Report on vaccination North-West Frontier Province 1904-1922 - 1904-1922
Year: 1904
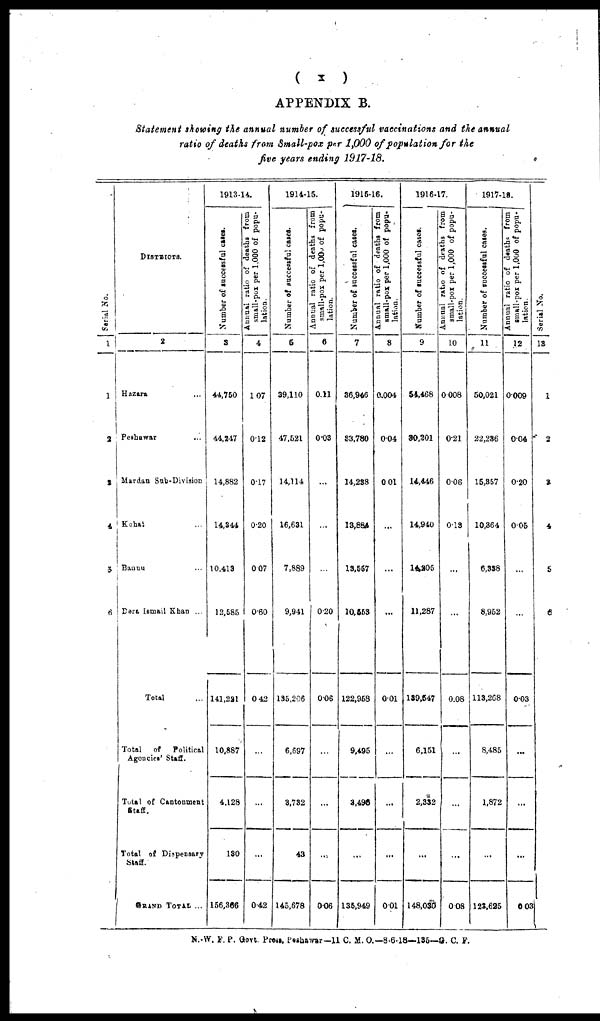
(
x
)
APPENDIX B.
Statement showing the annual number of successful vaccinations and the annual
ratio of deaths from Small-pox per 1,000 of population for the
five years ending 1917-18.
Serial No.
1
1
2
1
4
5
6
DISTRICTS.
2
Hazara ...
Peshawar ...
Mardan Sub-Division
Kohat ...
Bannu ...
Dera Ismail Khan ...
Total ...
Total
of
Political
Agencies Staff.
Total of Cantonment
Staff.
Total of Dispensary
Staff.
GRAND TOTAL ...
1913-14.
Number of successful cases.
3
44,750
44,247
14,882
14,344
10,413
12,585
141,221
10,887
4,128
130
156,366
Annual ratio of deaths from
small-pox per 1,000 of popu-
lation.
4
1.07
0.12
0.17
0.20
0.07
0.60
0.42
...
...
...
0.42
1914-15.
Number of successful cases.
5
39,110
47,521
14,114
16,631
7,889
9,941
135,206
6,697
3,732
43
145,678
Annual ratio of deaths from
small-pox per 1,000 of popu-
lation.
6
0.11
0.03
...
...
...
0.20
0.06
...
...
...
0.06
1915-16.
Number of successful cases.
7
36,946
83,780
14,238
13,884
13,557
10,553
122,958
9,495
3,496
...
135,949
Annual ratio of deaths from
small-pox per 1,000 of popu-
lation.
8
0,004
0.04
0.01
...
...
...
0.01
...
...
...
0.01
1916-17.
Number of successful cases.
9
54,468
90,201
14,446
14,940
14,205
11,287
139,547
6,151
2,332
...
148,030
Annual ratio of deaths from
small-pox per 1,000 of popu-
lation.
10
0.008
0.21
0.06
0.13
...
...
0.08
...
...
...
0.08
1917-18.
Number of successful cases.
11
50,021
22,236
15,357
10,364
6,338
8,952
113,268
8,485
1,872
...
123,625
Annual ratio of deaths from
small-pox per 1,000 of popu-
lation.
12
0.009
0.04
0.20
0.05
...
...
0.03
...
...
...
0.03
Serial No.
13
1
2
3
4
5
6
N.-W. F. P. Govt. Press, Peshawar—11 C. M. O.— 8-6-18—135—G. C. F.